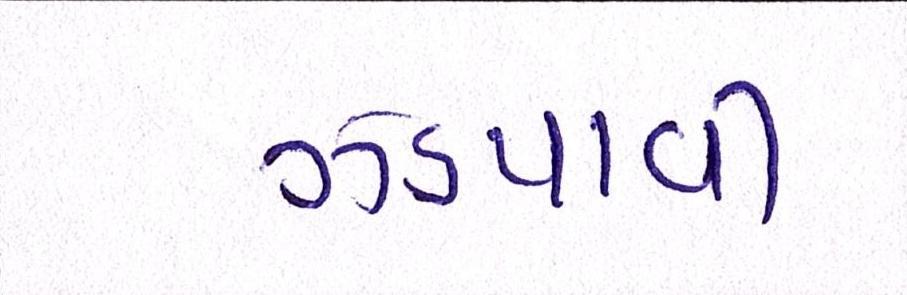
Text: ઝડપાવી